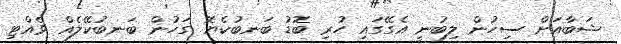
ޝަބާއަށް ސިހުން ލިބުނީ އެގޭގައި ހުރި ބޮޑު ބަނބުކެޔޮ ގަހުން ބަނބުކޭލެއް ވެއްޓި